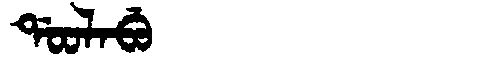
Manchu: ᡩᠣᠣᠯᠠᠪᡠ
Romanization: DOOLABU